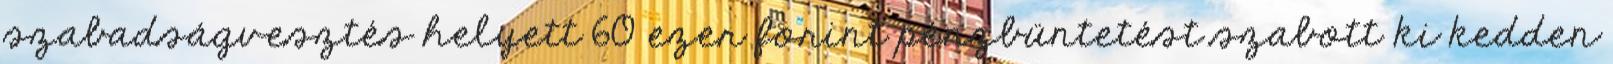
szabadságvesztés helyett 60 ezer forint pénzbüntetést szabott ki kedden